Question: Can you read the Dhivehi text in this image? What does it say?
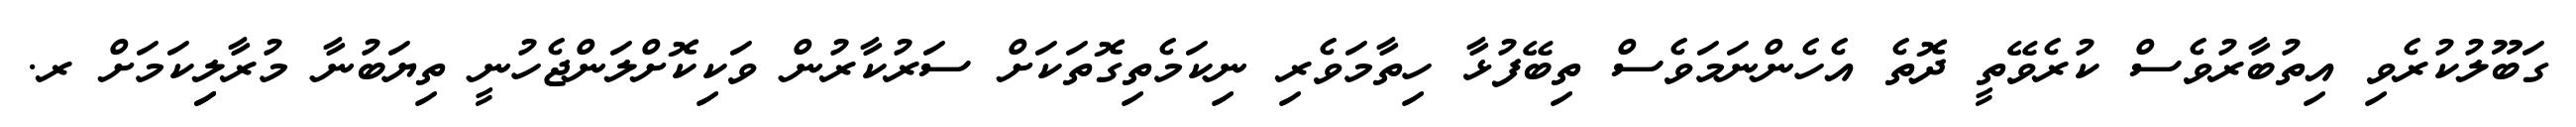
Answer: ގަބޫލުކުރެވި އިތުބާރުވެސް ކުރެވޭތީ ދޮތެ އެހެންނަމަވެސް ތިބޭފުޅާ ހިތާމަވެރި ނިކަމެތިގޮތަކަށް ސަރުކާރުން ވަކިކޮށްލަންޖެހުނީ ތިޔަބުނާ މުރާލިިކަމަށް ރ.